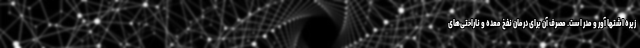
زیره اشتها آور و مدر است. مصرف آن برای درمان نفخ معده و ناراحتی‌های